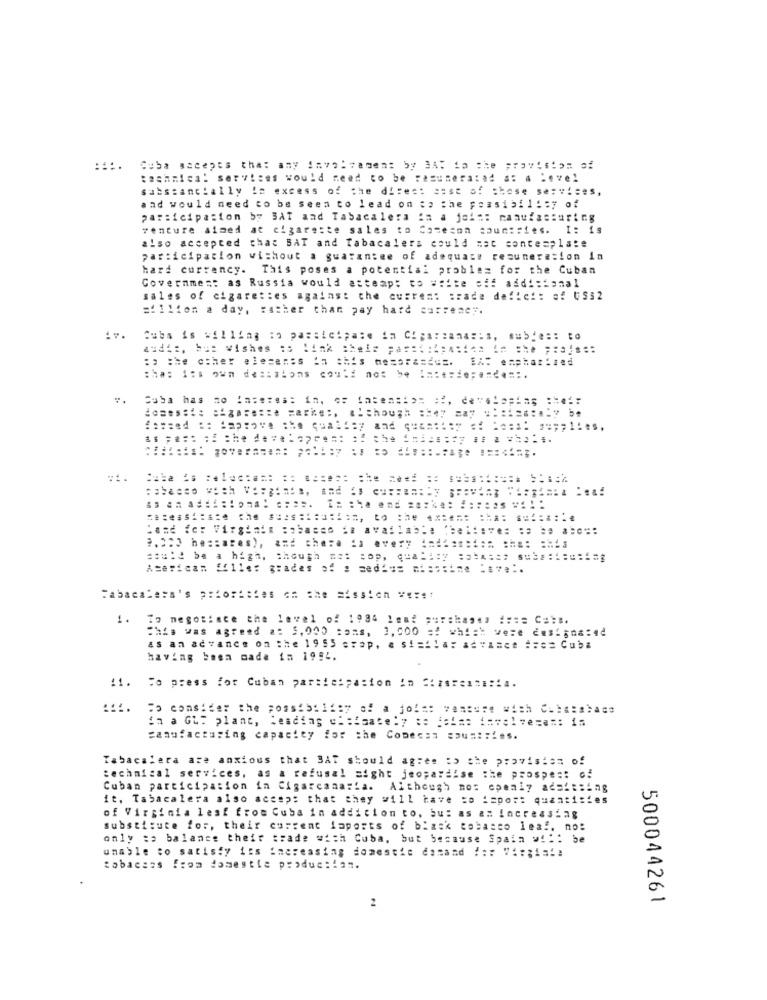
:::.
Cuba sacepes tha: any Involvement by BAT ta the provision of
:achmies: services would need to be remunera:ad s: a .. ve1
substancially in excess of the dites: case of those se ==!= es,
aad would need to be seen to lead on ;a the possibility of
participation by BAT and Tabacalera ia a jeis: manufacturing
venture aimed at cigarette sales to Comecon countries. I: is
also accepted that BAT and Tabacalera could mat conce=plate
participation without a guarantee of adequate remuneration in
hard currency. This poses a potential problez for the Cuban
Governmes: as Russia would attempt to #:ite sif additional
sales of cigaret:es against the current trade defici: of US52
sillion a day, rather than pay hard carteacy.
.v.
andiz, baz wishes :s link =hel= ===== === ===== == === =======
:, the other elesenss in this mesarasdes. EA: emphasized
10=es ::: : igasezze =arke :. .. though == 47 =ax =========* **
could be a high, though === = op, q=a === ======= =========== g
American
Sf11e: grades of : = ed === === stine :#7 :.
Tabacalera's priorities on the Mission ## !!!
1. To negosince the level of 1984 1en2 purchases ==== C###.
This was agreed a: 5,005 :oms, 3,500 =! which were designated
as an advance on the 19 55 crap, a si=ila: advance #:ce Cuba
having been made in 1954.
11. To press for Cuban participation in 5:28fea21:14.
"o consider the possibility of a jo !=: venture with C -**:** Ace
in a GL: plant, Leading ch:isate:y te fais: involve=a =: 15
sanufacturing capacity for the Cone === = au =:: ies.
Tabacalera are anxious that SAT should agree to the provision of
technical services, as a refusal aight jeopardise the prospe :: o.
Cuban participation in Cigarcanasta. Although no: openly adsl :: ing
it. Tabacalera also accep; that they will have =o ispor: quantities
of Virginia leaf from Cuba in addition to, bu: as an increasing
substitute for, their current laports of black tobacco leaf. no:
only => balance their :rade wish Cuba, but because Spain w !!: be
unable to satisfy its increasing domestic dasand !:: Virginia
tobaccos from domestle produc:127.
2
500044261